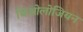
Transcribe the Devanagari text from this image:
थिओलोजियन